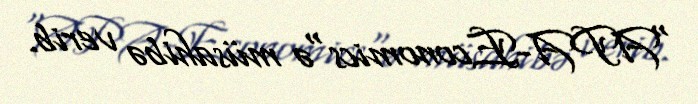
"APA-Economics"ə müsahibə verib.